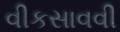
વીકસાવવી